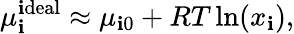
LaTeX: \mu_{\mathbf{i}}^{\mathrm{{\mathbf{i}deal}}}\approx\mu_{\mathbf{i}0}+RT\ln(x_{\mathbf{i}}),